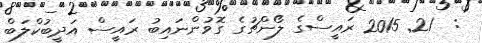
:  21